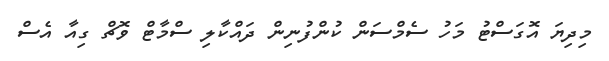
މިދިޔަ އޮގަސްޓު މަހު ސެމްސަން ކުންފުނިން ދައްކާލި ސްމާޓް ވޮޗް ގިއާ އެސް